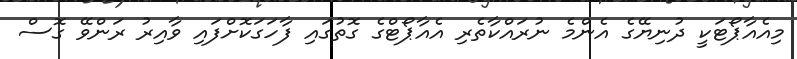
މިއެއާޕޯޓަކީ ދުނިޔޭގެ އެންމެ ނުރައްކާތެރި އެއާޕޯޓްގެ ގޮތުގައި ފާހަގަކޮށްފައި ވާއިރު ރަންވޭ ގޮސް